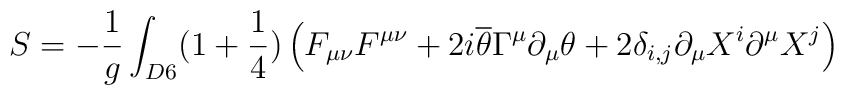
S=-\frac{1}{g}\int_{D6}(1+\frac{1}{4})\left(F_{\mu\nu}F^{\mu\nu}+2i\overline{\theta}\Gamma^{\mu}\partial_{\mu}\theta+2\delta_{i,j}\partial_{\mu}X^i\partial^{\mu}X^j \right)